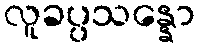
လူခပ္ပသန္နော